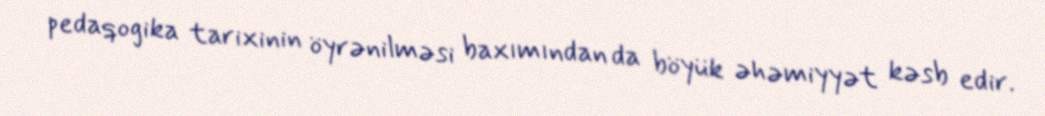
pedaqogika tarixinin öyrənilməsi baxımından da böyük əhəmiyyət kəsb edir.